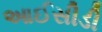
આઈસીડી